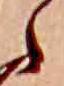
ら